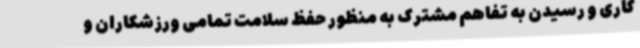
کاری و رسیدن به تفاهم مشترک به منظور حفظ سلامت تمامی ورزشکاران و